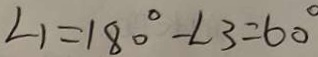
\angle 1 = 1 8 0 ^ { \circ } - \angle 3 = 6 0 ^ { \circ }